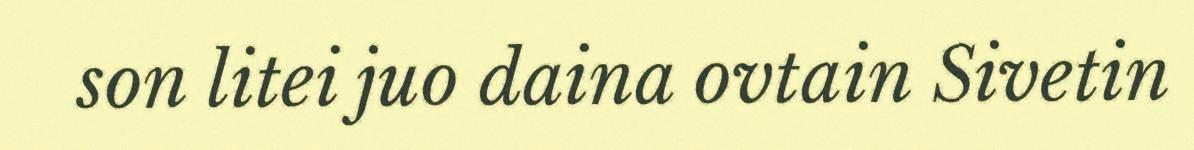
son litei juo daina ovtain Sivetin